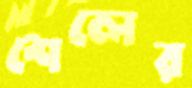
শেলের